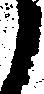
う